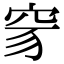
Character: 𥥒